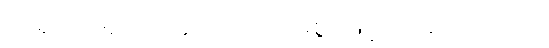
ကရုက အညှာအတာကင်းမဲ့စွာဖြင့် ဝင်ပြောသည်။